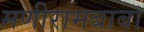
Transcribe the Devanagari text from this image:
मणीरामबाबा